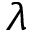
\lambda